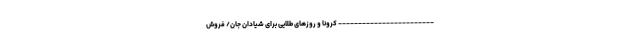
------------------------ کرونا و روزهای طلایی برای شیادان جان/ فروش